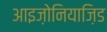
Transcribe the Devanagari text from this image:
आइज़ोनियाज़िड